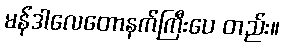
မန်ဒါလေတောနက်ကြီးပေ တည်း။